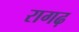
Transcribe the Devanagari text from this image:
रागढ़